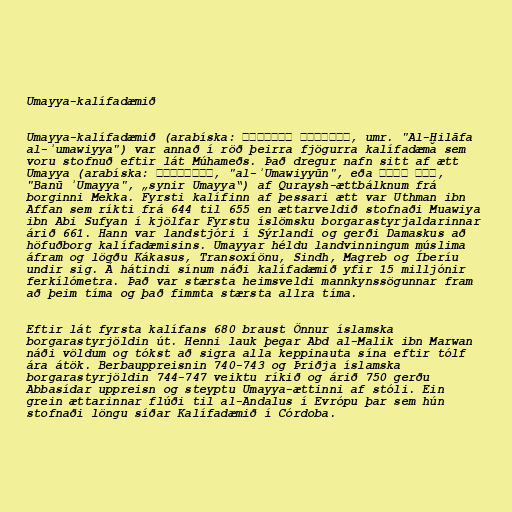
Umayya-kalífadæmið

Umayya-kalífadæmið (arabíska: الخلافة الأموية‎, umr. "Al-Ḫilāfa
al-ʾumawiyya") var annað í röð þeirra fjögurra kalífadæma sem
voru stofnuð eftir lát Múhameðs. Það dregur nafn sitt af ætt
Umayya (arabíska: الأمويون‎, "al-ʾUmawiyyūn", eða بنو أمية,
"Banū ʾUmayya", „synir Umayya“) af Quraysh-ættbálknum frá
borginni Mekka. Fyrsti kalífinn af þessari ætt var Uthman ibn
Affan sem ríkti frá 644 til 655 en ættarveldið stofnaði Muawiya
ibn Abi Sufyan í kjölfar Fyrstu íslömsku borgarastyrjaldarinnar
árið 661. Hann var landstjóri í Sýrlandi og gerði Damaskus að
höfuðborg kalífadæmisins. Umayyar héldu landvinningum múslima
áfram og lögðu Kákasus, Transoxíönu, Sindh, Magreb og Íberíu
undir sig. Á hátindi sínum náði kalífadæmið yfir 15 milljónir
ferkílómetra. Það var stærsta heimsveldi mannkynssögunnar fram
að þeim tíma og það fimmta stærsta allra tíma.

Eftir lát fyrsta kalífans 680 braust Önnur íslamska
borgarastyrjöldin út. Henni lauk þegar Abd al-Malik ibn Marwan
náði völdum og tókst að sigra alla keppinauta sína eftir tólf
ára átök. Berbauppreisnin 740-743 og Þriðja íslamska
borgarastyrjöldin 744-747 veiktu ríkið og árið 750 gerðu
Abbasídar uppreisn og steyptu Umayya-ættinni af stóli. Ein
grein ættarinnar flúði til al-Andalus í Evrópu þar sem hún
stofnaði löngu síðar Kalífadæmið í Córdoba.